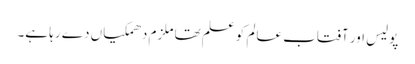
پولیس اور آفتاب عالم کو علم تھا ملزم دھمکیاں دے رہا ہے۔